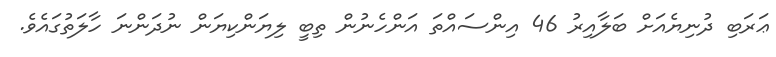
ޢަރަބި ދުނިޔެއަށް ބަލާއިރު 46 އިންސައްތަ އަންހެނުން ތިބީ ލިޔަންކިޔަން ނުދަންނަ ހާލަތުގައެވެ.